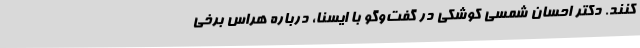
کنند. دکتر احسان شمسی‌ کوشکی در گفت‌وگو با ایسنا، درباره هراس برخی